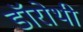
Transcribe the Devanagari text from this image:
डॉरोथी